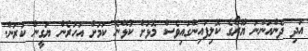
އަދި ދެންއަންނަ ޔޫރޯގެ ކޮލިފައިންގައިވެސް މޮޅަށް ކުޅޭނެ ކަމަށް އަހަރެން ޔަގީން ކުރަން.